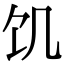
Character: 饥